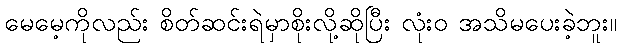
မေမေ့ကိုလည်း စိတ်ဆင်းရဲမှာစိုးလို့ဆိုပြီး လုံးဝ အသိမပေးခဲ့ဘူး။